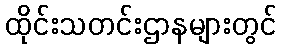
ထိုင်းသတင်းဌာနများတွင်